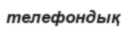
телефондық